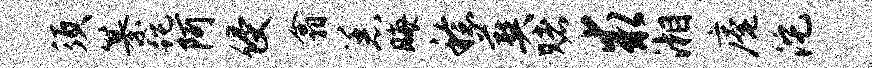
须纂跎阿侵翕恙晦稔葬赌求湘庵沱